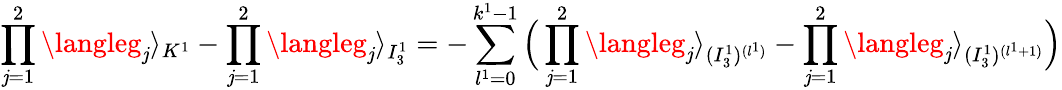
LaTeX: \prod_{\mathit{j}=1}^{2}\langleg_{\mathit{j}}\rangle_{K^{1}}-\prod_{\mathit{j}=1}^{2}\langleg_{\mathit{j}}\rangle_{I_{3}^{1}}=-\sum_{l^{1}=0}^{k^{1}-1}\Big(\prod_{\mathit{j}=1}^{2}\langleg_{\mathit{j}}\rangle_{(I_{3}^{1})^{(l^{1})}}-\prod_{\mathit{j}=1}^{2}\langleg_{\mathit{j}}\rangle_{(I_{3}^{1})^{(l^{1}+1)}}\Big)